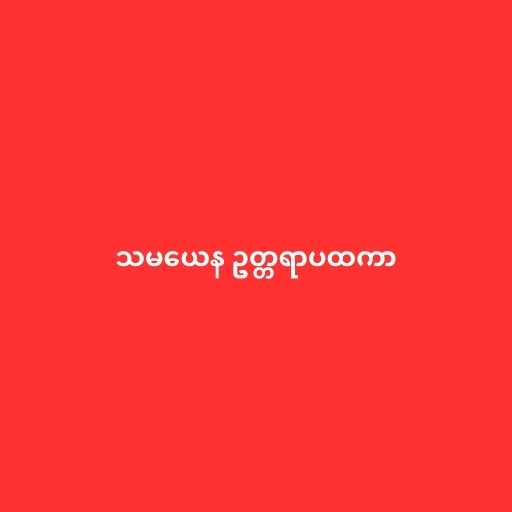
သမယေန ဥတ္တရာပထကာ